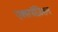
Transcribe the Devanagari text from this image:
एक्सपॉज़िशन